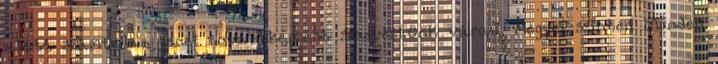
alatt számtalan zenei továbbképzést szerveztünk városi, megyei szinten Minden